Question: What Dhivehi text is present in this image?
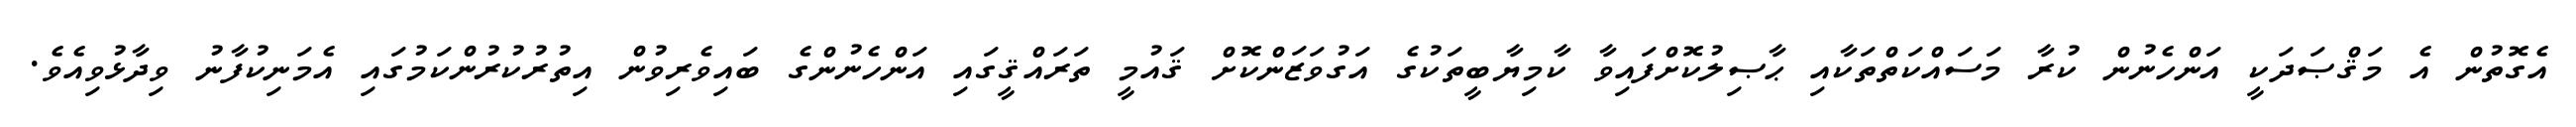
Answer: އެގޮތުން އެ މަޤްޞަދަކީ އަންހެނުން ކުރާ މަސައްކަތްތަކާއި ޙާޞިލުކޮށްފައިވާ ކާމިޔާބީތަކުގެ އަގުވަޒަންކޮށް ޤައުމީ ތަރައްޤީގައި އަންހެނުންގެ ބައިވެރިވުން އިތުރުކުރުންކަމުގައި އެމަނިކުފާނު ވިދާޅުވިއެވެ.